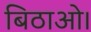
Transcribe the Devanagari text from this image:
बिठाओ।